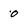
Character: o